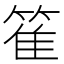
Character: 𥯄